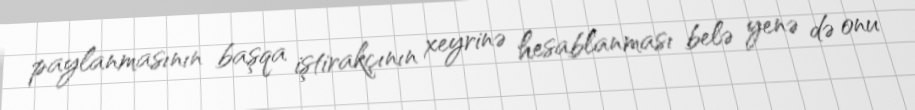
paylanmasının başqa iştirakçının xeyrinə hesablanması belə yenə də onu